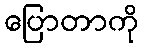
ပြောတာကို